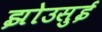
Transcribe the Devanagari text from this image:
झोउसुई